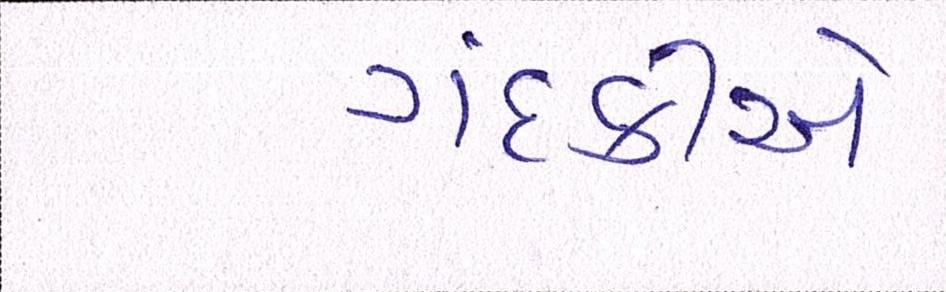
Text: ગંદકીએ